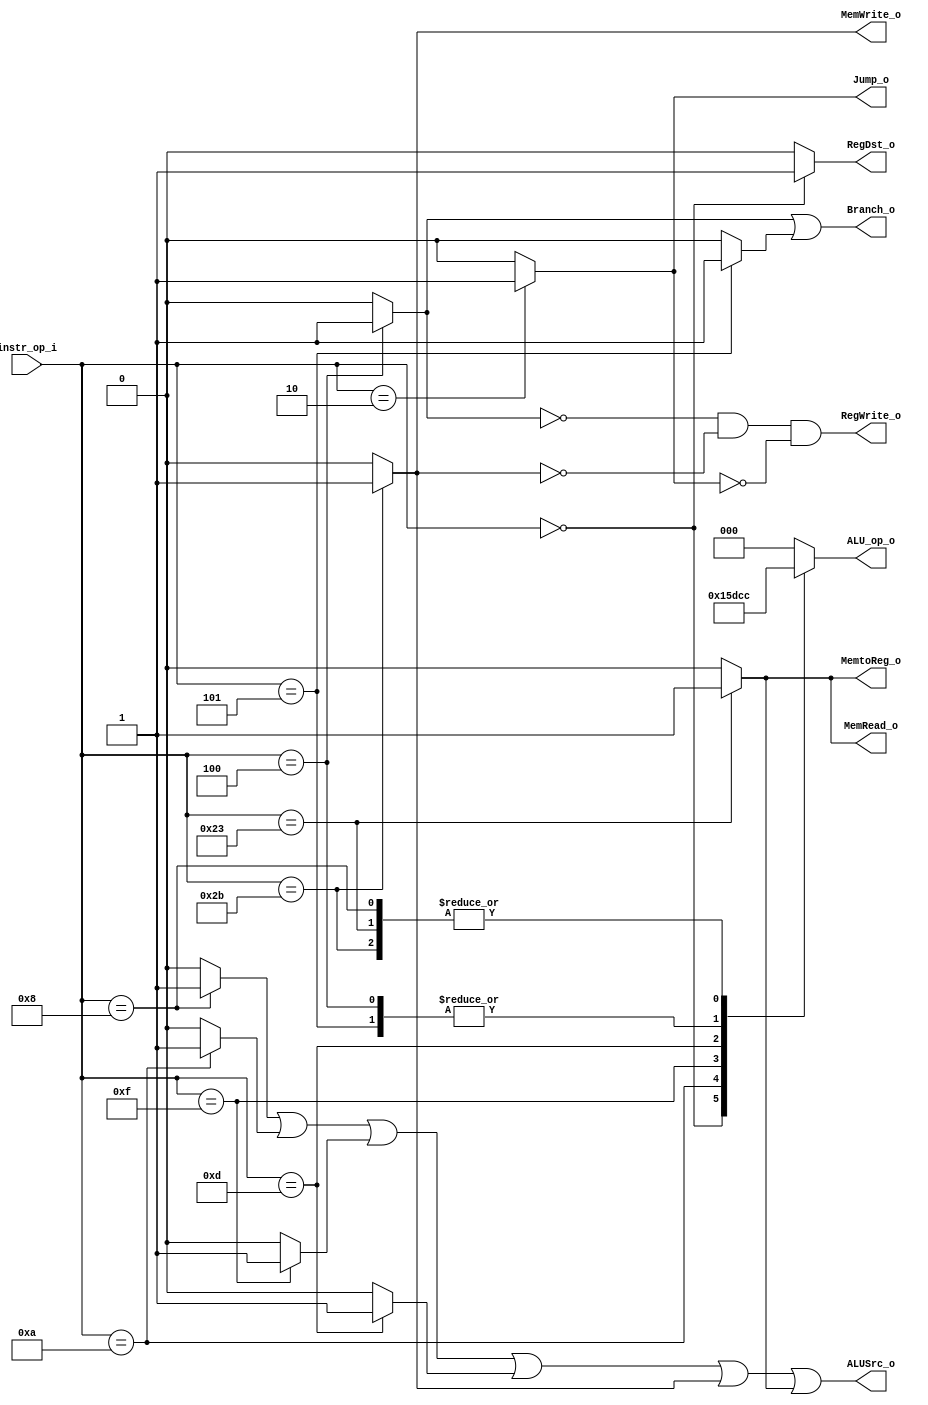
`timescale 1ns / 1ps
//////////////////////////////////////////////////////////////////////////////////
// Company: 
// Engineer: 
// 
// Design Name: 
// Module Name:    Decoder 
// Project Name: 
// Target Devices: 
// Tool versions: 
// Description: 
//
// Dependencies: 
//
// Revision: 
// Revision 0.01 - File Created
// Additional Comments: 
//
//////////////////////////////////////////////////////////////////////////////////
module Decoder(
		 instr_op_i,
		 RegWrite_o,
		 ALU_op_o,
		 ALUSrc_o,
		 RegDst_o,
		 Branch_o,
		 MemWrite_o,
		 MemRead_o,
		 MemtoReg_o,
		 Jump_o
);
     
//I/O ports
		input  [6-1:0] instr_op_i;
		output  RegWrite_o;
		output [3-1:0] ALU_op_o;
		output  ALUSrc_o;
		output  RegDst_o;
		output  Branch_o;
		output  MemWrite_o;
		output  MemRead_o;
		output  MemtoReg_o;
		output  Jump_o;
 
//Internal Signals
		reg       [3-1:0] ALU_op_o;  
		reg       R_format;
		reg       beq,addi,slti,lui,ori,bne,lw,sw,j;
		wire      RegDst_o;
		wire	  Branch_o;
		wire	  RegWrite_o;
		wire	  ALUSrc_o;
		wire      MemWrite_o;
		wire      MemRead_o;
		wire      MemtoReg_o;
		wire      Jump_o;
       //Parameter
		parameter    R_type=6'b000000;
		parameter    BEQ =6'b000100;
		parameter    ADDi=6'b001000;
		parameter    SLTi=6'b001010;
		parameter    LUI =6'b001111;
		parameter    ORi =6'b001101;
		parameter    BNE =6'b000101;
		parameter    LW  =6'b100011;
		parameter    SW  =6'b101011;
		parameter    J   =6'b000010;
		    

        //Main function
        //Check op code instrustion
		always @(instr_op_i) 
		begin
					R_format<=(instr_op_i==R_type)?1:0;
					beq<=(instr_op_i == BEQ)? 1:0;
					addi<=(instr_op_i==ADDi)?1:0;
					slti<=(instr_op_i==SLTi)?1:0;
					lui<=(instr_op_i==LUI)?1:0;
					ori<=(instr_op_i==ORi)?1:0;
					bne<=(instr_op_i==BNE)?1:0;
					lw<=(instr_op_i==LW)?1:0;
					sw<=(instr_op_i==SW)?1:0;
					j<=(instr_op_i==J)?1:0;
		end
		assign   RegDst_o= R_format;             //R-type control
		assign   ALUSrc_o= addi || slti || lui || ori || sw || lw; // immediate value control
		assign   Branch_o= beq || bne;           //Branch control
		assign   RegWrite_o=(~beq && ~sw) && (~j) ;        //Regsister write control
		assign   MemWrite_o=sw;                  //Datamemory write control
		assign   MemRead_o =lw;                  //Datamemory read control
		assign   MemtoReg_o=lw;                  //Datamemory to Regsister mux control 
		assign   Jump_o    =j;                   //Jump instruction mux control
		always @(instr_op_i) 
		begin                                    //Decoder to ALU-Control(ALU_op_o)
				 case(instr_op_i)
						R_type:  ALU_op_o = 3'b010;
						BEQ:     ALU_op_o = 3'b001;
						ADDi:    ALU_op_o = 3'b100;
						SLTi:    ALU_op_o = 3'b101;
						LUI:     ALU_op_o = 3'b110;
						ORi:     ALU_op_o = 3'b111;
						BNE:     ALU_op_o = 3'b001;
						LW:      ALU_op_o = 3'b100;//
						SW:      ALU_op_o = 3'b100;//
						default: ALU_op_o = 3'b000;
				 endcase
		end
endmodule